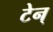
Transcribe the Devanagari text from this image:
टेन्